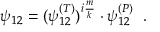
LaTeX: \psi _ { 1 2 } = ( \psi _ { 1 2 } ^ { ( T ) } ) ^ { i \frac { m } { k } } \cdot \psi _ { 1 2 } ^ { ( P ) } \; \; .